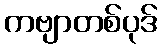
ကဗျာတစ်ပုဒ်